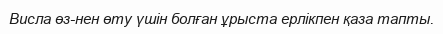
Висла өз-нен өту үшін болған ұрыста ерлікпен қаза тапты.